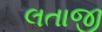
લતાજી